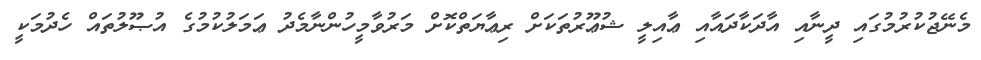
މެނޭޖުކުރުމުގައި ދީނާއި އާދަކާދައާއި ޢާއިލީ ޝުޢޫރުތަކަށް ރިޢާޔަތްކޮށް މަރުވާމީހުންނާމެދު ޢަމަލުކުމުގެ އުޞޫލުތައް ހެދުމަކީ